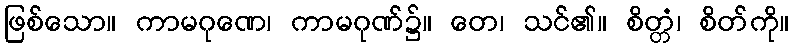
ဖြစ်သော။ ကာမဂုဏေ၊ ကာမဂုဏ်၌။ တေ၊ သင်၏။ စိတ္တံ၊ စိတ်ကို။